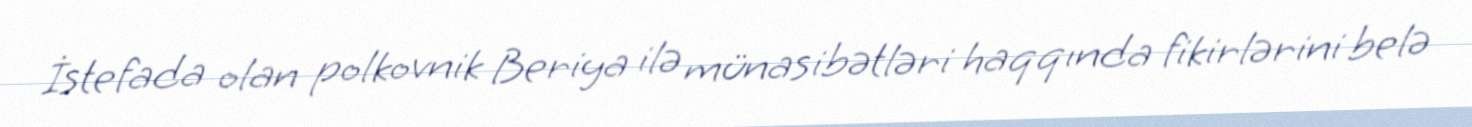
İstefada olan polkovnik Beriya ilə münasibətləri haqqında fikirlərini belə